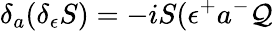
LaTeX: \delta_{a}(\delta_{\epsilon}S)=-iS(\epsilon^{+}a^{-}\mathcal{Q}